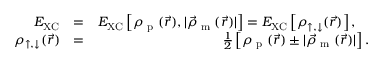
\begin{array} { r l r } { E _ { \mathrm { X C } } } & { = } & { E _ { \mathrm { X C } } \left[ \rho _ { \textrm { p } } ( \vec { r } ) , | \vec { \rho } _ { \textrm { m } } ( \vec { r } ) | \right] = E _ { \mathrm { X C } } \left[ \rho _ { \uparrow , \downarrow } ( \vec { r } ) \right] , \quad } \\ { \rho _ { \uparrow , \downarrow } ( \vec { r } ) } & { = } & { \frac { 1 } { 2 } \left[ \rho _ { \textrm { p } } ( \vec { r } ) \pm | \vec { \rho } _ { \textrm { m } } ( \vec { r } ) | \right] . } \end{array}